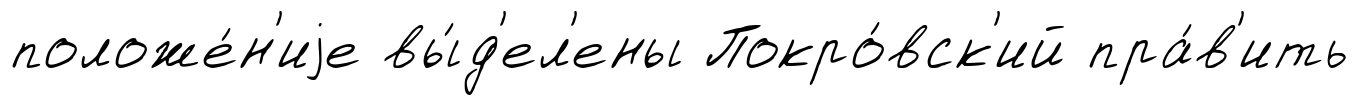
положе́н'иjе вы́д'ел'ены Покро́вск'ий пра́в'ить